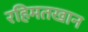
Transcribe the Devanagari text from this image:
रहिमतखान